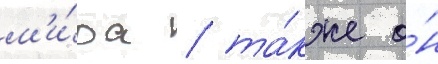
м'и́ра / та́кже о́н